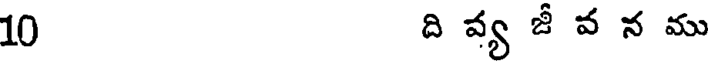
10 ది వ్య జీ వ న ము